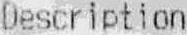
DESCRIPTION